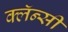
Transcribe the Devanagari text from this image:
क्लॅन्सी